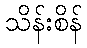
သိန်းစိန်